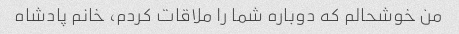
من خوشحالم که دوباره شما را ملاقات کردم، خانم پادشاه